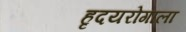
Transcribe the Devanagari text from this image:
हृदयरोगाला